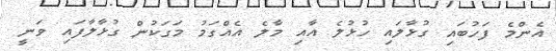
އެންމެ ފަހުބައި ގުޅާލައި ހުޅުލެ އާއި މާލެ އެއްގަމު މަގަކުން ގުޅާލާފައި ވަނީ